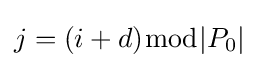
j=(i+d){\bmod {\left|P_{0}\right|}}